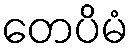
တေပိမံ